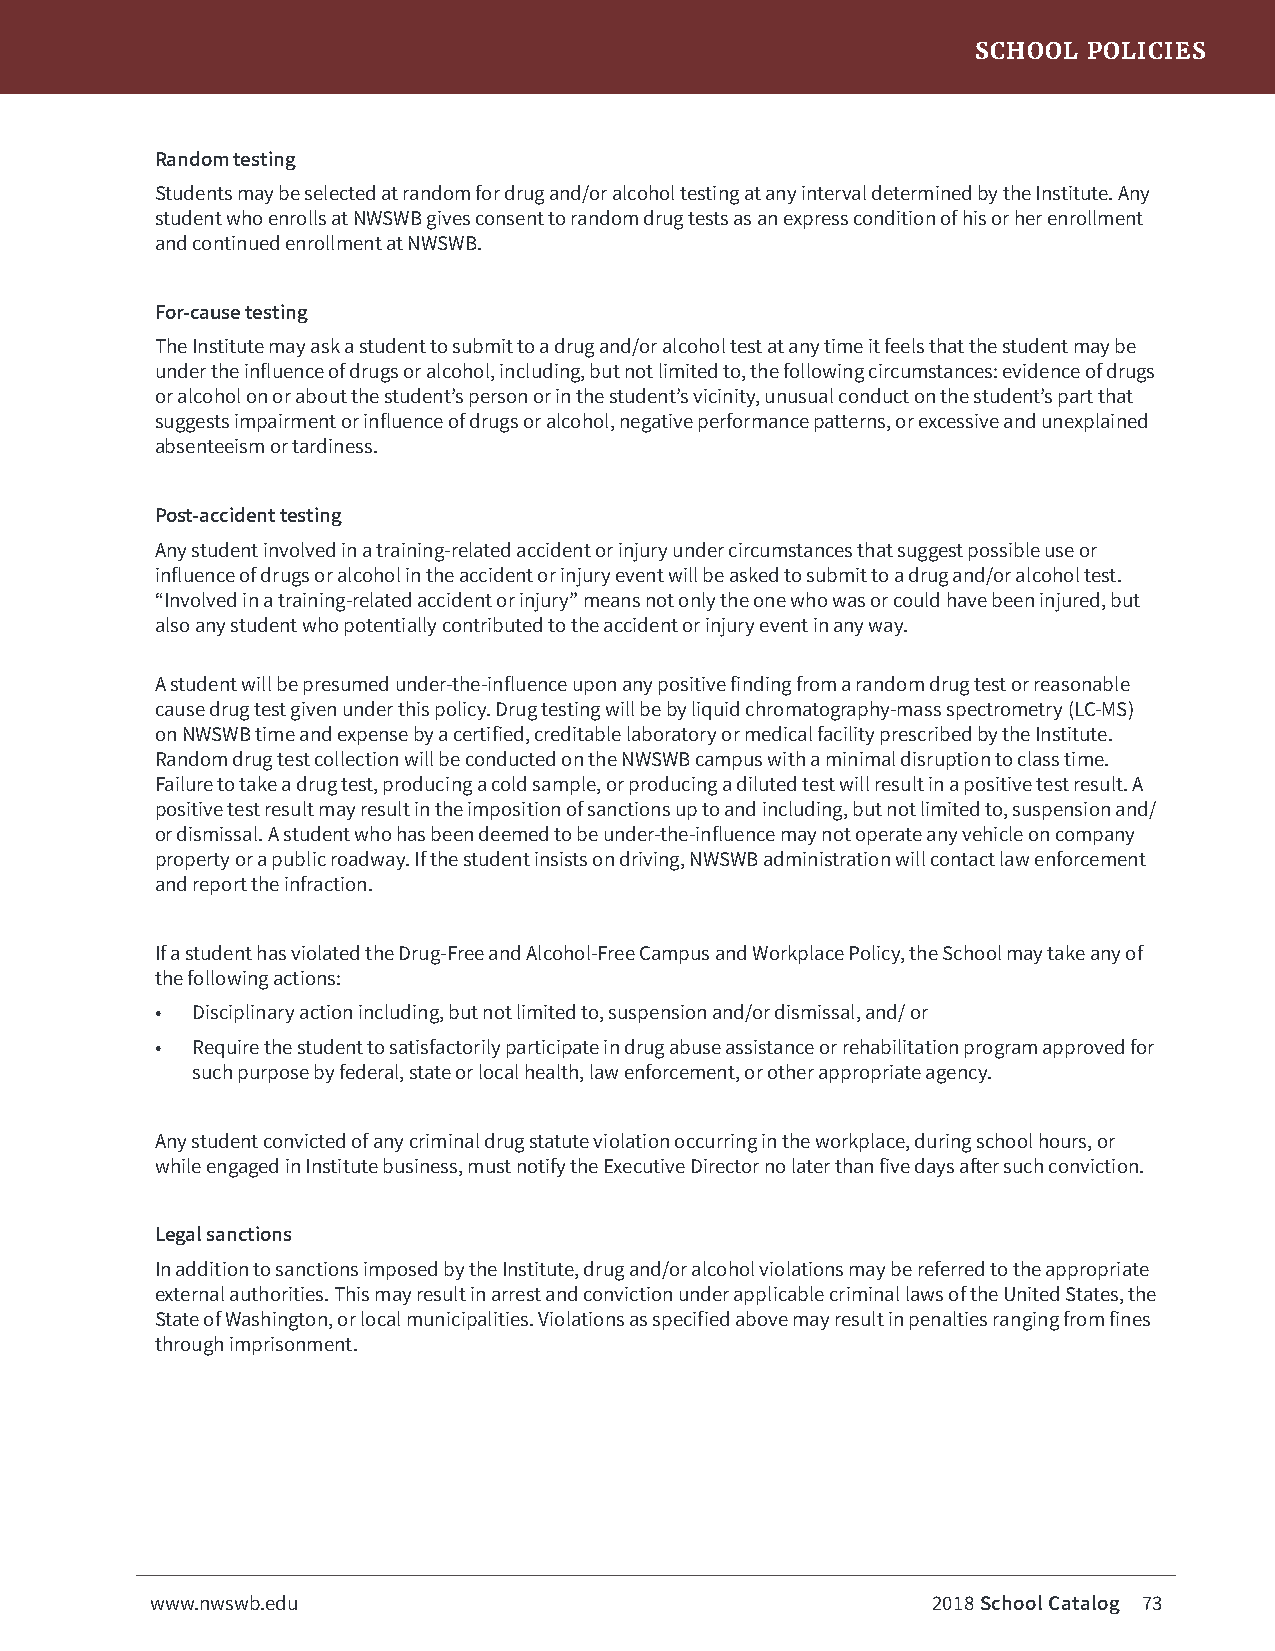
SCHOOL POLICIES
 Random testing
 Students may be selected at random for drug and/or alcohol testing at any interval determined by the Institute. Any
 student who enrolls at NWSWB gives consent to random drug tests as an express condition of his or her enrollment
 and continued enrollment at NWSWB.
 For-cause testing
 The Institute may ask a student to submit to a drug and/or alcohol test at any time it feels that the student may be
 under the influence of drugs or alcohol, including, but not limited to, the following circumstances: evidence of drugs
 or alcohol on or about the student’s person or in the student’s vicinity, unusual conduct on the student’s part that
 suggests impairment or influence of drugs or alcohol, negative performance patterns, or excessive and unexplained
 absenteeism or tardiness.
 Post-accident testing
 Any student involved in a training-related accident or injury under circumstances that suggest possible use or
 influence of drugs or alcohol in the accident or injury event will be asked to submit to a drug and/or alcohol test.
 “Involved in a training-related accident or injury” means not only the one who was or could have been injured, but
 also any student who potentially contributed to the accident or injury event in any way.
 A student will be presumed under-the-influence upon any positive finding from a random drug test or reasonable
 cause drug test given under this policy. Drug testing will be by liquid chromatography-mass spectrometry (LC-MS)
 on NWSWB time and expense by a certified, creditable laboratory or medical facility prescribed by the Institute.
 Random drug test collection will be conducted on the NWSWB campus with a minimal disruption to class time.
 Failure to take a drug test, producing a cold sample, or producing a diluted test will result in a positive test result. A
 positive test result may result in the imposition of sanctions up to and including, but not limited to, suspension and/
 or dismissal. A student who has been deemed to be under-the-influence may not operate any vehicle on company
 property or a public roadway. If the student insists on driving, NWSWB administration will contact law enforcement
 and report the infraction.
 If a student has violated the Drug-Free and Alcohol-Free Campus and Workplace Policy, the School may take any of
 the following actions:
 •  Disciplinary action including, but not limited to, suspension and/or dismissal, and/ or
 •  Require the student to satisfactorily participate in drug abuse assistance or rehabilitation program approved for
 such purpose by federal, state or local health, law enforcement, or other appropriate agency.
 Any student convicted of any criminal drug statute violation occurring in the workplace, during school hours, or
 while engaged in Institute business, must notify the Executive Director no later than five days after such conviction.
 Legal sanctions
 In addition to sanctions imposed by the Institute, drug and/or alcohol violations may be referred to the appropriate
 external authorities. This may result in arrest and conviction under applicable criminal laws of the United States, the
 State of Washington, or local municipalities. Violations as specified above may result in penalties ranging from fines
 through imprisonment.
 www.nwswb.edu                                       2018 School Catalog 73